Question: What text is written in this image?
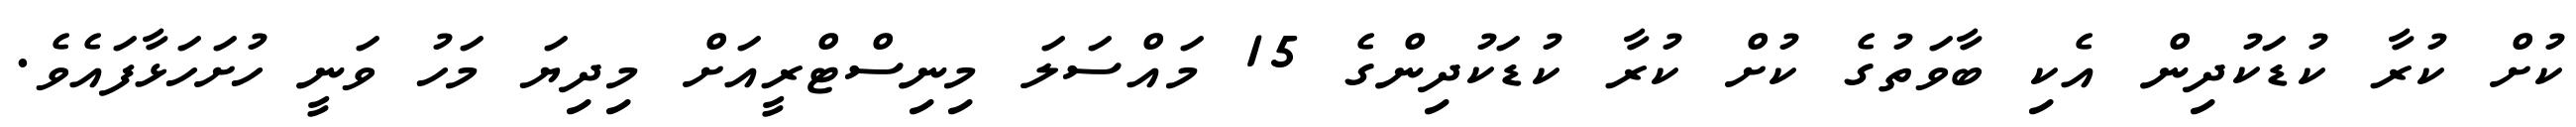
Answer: ކުށް ކުރާ ކުޑަކުދިން އެކި ބާވަތުގެ ކުށް ކުރާ ކުޑަކުދިންގެ 15 މައްސަލަ މިނިސްޓްރީއަށް މިދިޔަ މަހު ވަނީ ހުށަހަޅާފައެވެ.